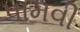
પામવી